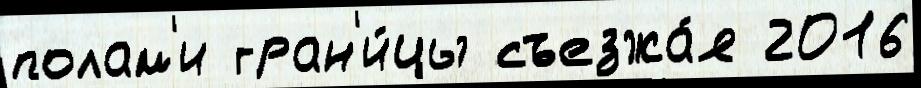
полам'и гран'и́цы съезжа́я 2016